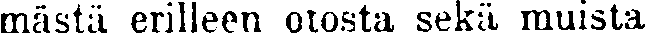
mästä erilleen otosta sekä muista